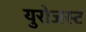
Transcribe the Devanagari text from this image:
युरोजस्ट